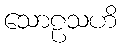
သောဠသဟိ